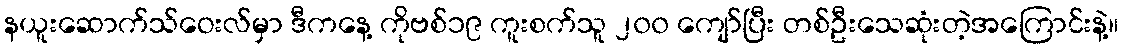
နယူးဆောက်သ်ဝေးလ်မှာ ဒီကနေ့ ကိုဗစ်၁၉ ကူးစက်သူ ၂၀၀ ကျော်ပြီး တစ်ဦးသေဆုံးတဲ့အကြောင်းနဲ့။